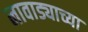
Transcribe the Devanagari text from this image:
नावाड्याच्या